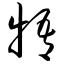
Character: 牾